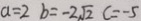
a = 2 b = - 2 \sqrt { 2 } c = - 5